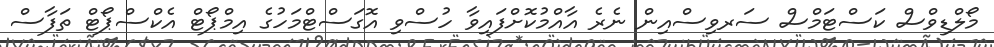
މޯލްޑިވްސް ކަސްޓަމްސް ސަރވިސްއިން ނެރެ އާއްމުކޮށްފައިވާ ހުސްވި އޮގަސްޓްމަހުގެ އިމްޕޯޓް އެކްސްޕޯޓް ތަފާސް